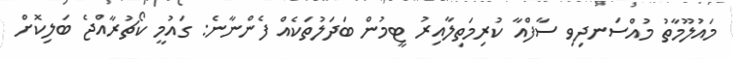
މައުލޫމާތު މުއްސަނދިވި ސާފްއާ ކުރިމަތިލާއިރު ޓީމުން ބަދަލުތަކެއް ފެންނާނެ: ގައުމީ ކޯޗުރާއްޖެ ބަލިކޮށް